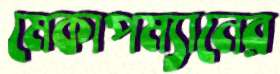
মেকাপম্যানের